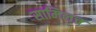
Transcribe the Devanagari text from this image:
सामिलच